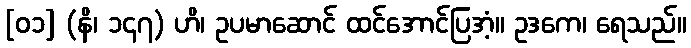
[၀၁] (နိ၊ ၁၄၇) ဟိ၊ ဥပမာဆောင် ထင်အောင်ပြအံ့။ ဥဒကေ၊ ရေသည်။